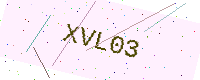
Text: XVL03